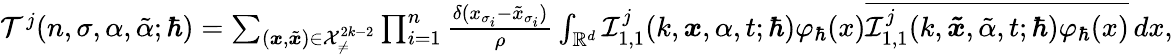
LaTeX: \begin{array}{r}{\mathcal{T}^{j}(n,\sigma,\alpha,\tilde{\alpha};\hbar)=\sum_{(\boldsymbol{x},\tilde{\boldsymbol{x}})\in\mathcal{X}_{\neq}^{2k-2}}\prod_{i=1}^{n}\frac{\delta(x_{\sigma_{i}}-\tilde{x}_{\sigma_{i}})}{\rho}\int_{\mathbb{R}^{d}}\mathcal{I}_{1,1}^{j}(k,\boldsymbol{x},\alpha,t;\hbar)\varphi_{\hbar}(x)\overline{{\mathcal{I}_{1,1}^{j}(k,\boldsymbol{\tilde{x}},\tilde{\alpha},t;\hbar)\varphi_{\hbar}(x)}}\, dx,}\end{array}